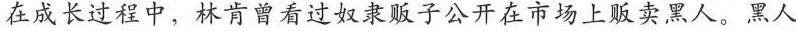
在成长过程中，林肯曾看过奴隶贩子公开在市场上贩卖黑人。黑人